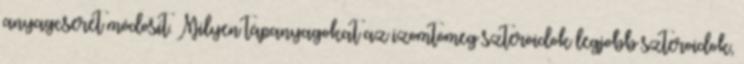
anyagcserét módosít. Milyen tápanyagokat az izomtömeg szteroidok legjobb szteroidok,